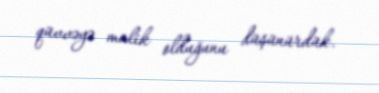
qüvvəyə malik olduğunu düşünürdük.